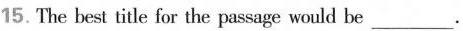
15. The best title for the passage would be ___.